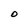
Character: 0